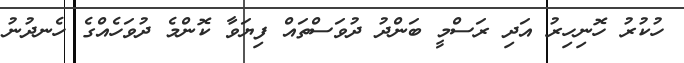
ހުކުރު ހޮނިހިރު އަދި ރަސްމީ ބަންދު ދުވަސްތައް ފިޔަވާ ކޮންމެ ދުވަހެއްގެ ހެނދުނު